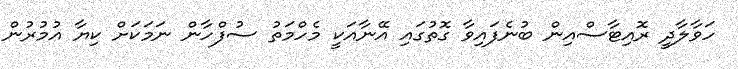
ހަވާލާދީ ރޮއިޓާސްއިން ބުނެފައިވާ ގޮތުގައި އޭނާއަކީ މެހްމަތު ސުފްހާން ނަމަކަށް ކިޔާ އުމުރުން